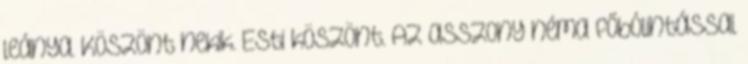
leánya. Köszönt nekik. Esti köszönt. Az asszony néma főbólintással